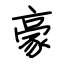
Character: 豪